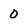
Character: 0